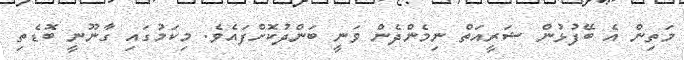
މަތިން އެ ބޭފުޅުން ޝަރީއަތް ނިމެންދެން ވަނީ ބަންދުކޮށްފައެވެ. މިކަމުގައި ގާނޫނީ ބޮޑެތި